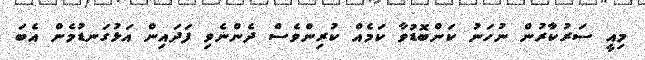
މިއީ ސަރުކާރުން ނުހަނު ކަންބޮޑުވާ ކަމެއް ކުރިންވެސް ދެންނެވި ފަދައިން އަޅުގަނޑުމެން އެބަ